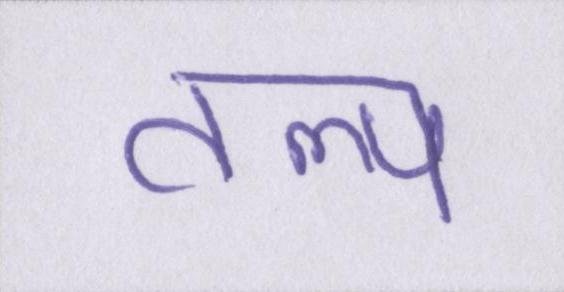
तल्प